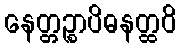
နေတ္တဉ္စာပိဓနတ္ထဝိ